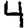
Digit: 4